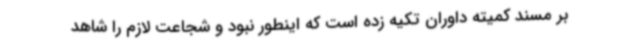
بر مسند کمیته داوران تکیه زده است که اینطور نبود و شجاعت لازم را شاهد